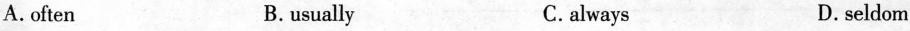
A. often B.usually C.always D.seldom